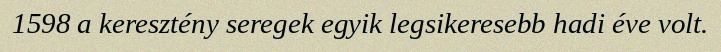
1598 a keresztény seregek egyik legsikeresebb hadi éve volt.